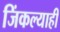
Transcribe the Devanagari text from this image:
जिंकल्याही